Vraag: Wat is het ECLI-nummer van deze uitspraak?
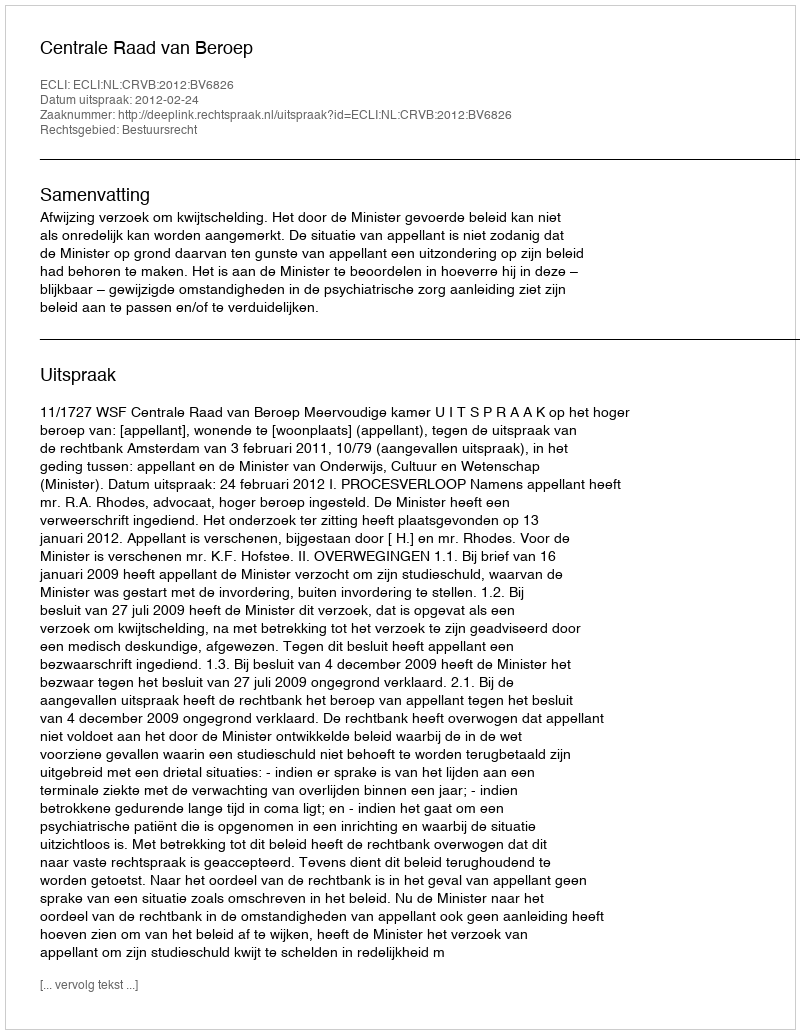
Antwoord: ECLI:NL:CRVB:2012:BV6826